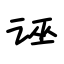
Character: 诬